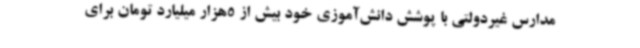
مدارس غیردولتی با پوشش دانش‌آموزی خود بیش از 5هزار میلیارد تومان برای